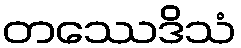
တဿေဒိသံ